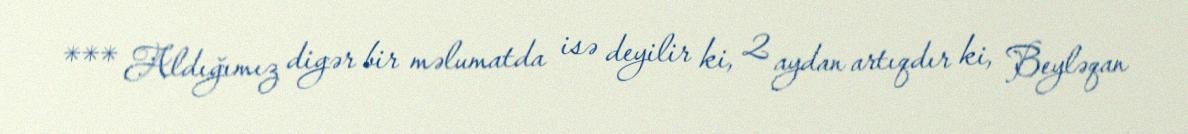
*** Aldığımız digər bir məlumatda isə deyilir ki, 2 aydan artıqdır ki, Beyləqan